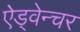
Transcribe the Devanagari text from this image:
ऐड्वेन्चर